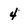
Character: 4